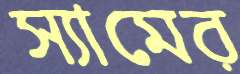
স্যামের